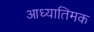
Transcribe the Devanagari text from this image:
आध्यातिमक